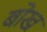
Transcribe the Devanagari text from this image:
बोख